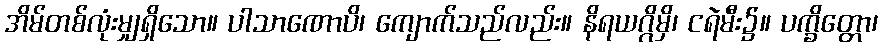
အိမ်တစ်လုံးမျှရှိသော။ ပါသာဏောပိ၊ ကျောက်သည်လည်း။ နိရယဂ္ဂိမှိ၊ ငရဲမီး၌။ ပက္ခိတ္တော၊